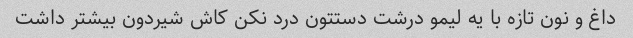
داغ و نون تازه با یه لیمو درشت دستتون درد نکن کاش شیردون بیشتر داشت